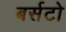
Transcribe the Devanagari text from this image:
बर्सटो